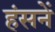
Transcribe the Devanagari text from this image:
हंसनें